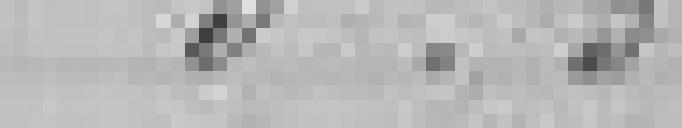
57,75